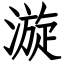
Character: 漩